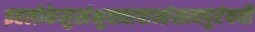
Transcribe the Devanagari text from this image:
इहलोकेसुखंभुक्त्वाचान्तंसत्यपुरंययौ